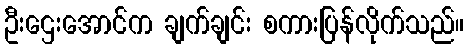
ဦးဌေးအောင်က ချက်ချင်း စကားပြန်လိုက်သည်။